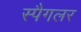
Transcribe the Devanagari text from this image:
स्पैगलर